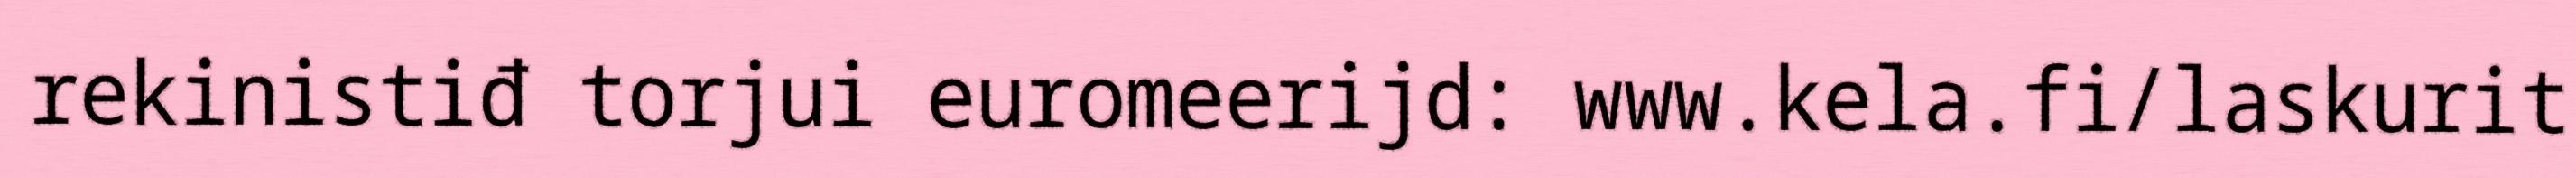
rekinistiđ torjui euromeerijd: www.kela.fi/laskurit